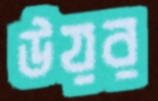
উয়র